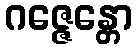
ဂဇ္ဇေန္တော